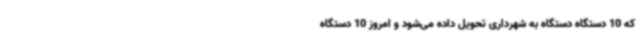
که 10 دستگاه دستگاه به شهرداری تحویل داده می‌شود و امروز 10 دستگاه